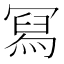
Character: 冩